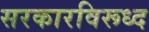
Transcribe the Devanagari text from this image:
सरकारविरूध्द